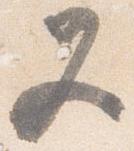
又